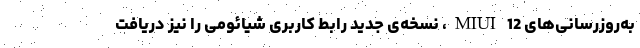
به‌روزرسانی‌های MIUI 12، نسخه‌ی جدید رابط کاربری شیائومی را نیز دریافت